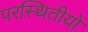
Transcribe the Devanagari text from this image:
परस्थितीयों